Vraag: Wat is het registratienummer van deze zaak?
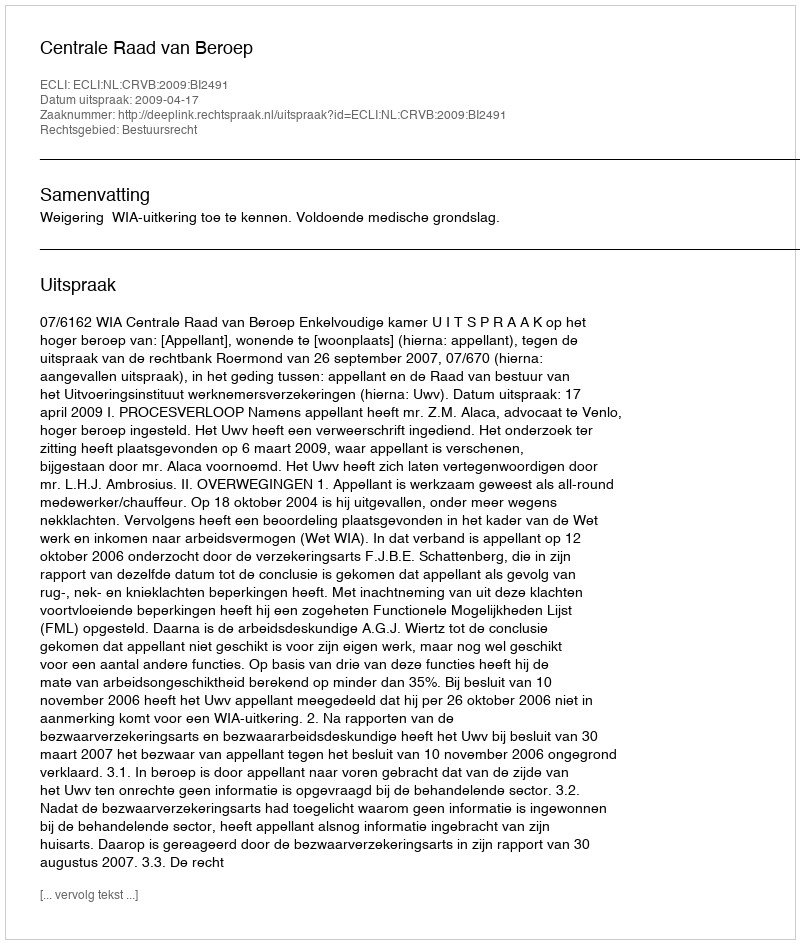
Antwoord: http://deeplink.rechtspraak.nl/uitspraak?id=ECLI:NL:CRVB:2009:BI2491